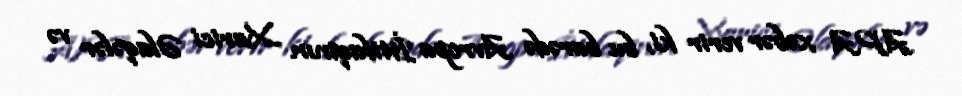
APA xəbər verir ki, bu barədə Avropa İttifaqının Xarici Əlaqələr və